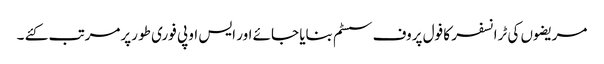
مریضوں کی ٹرانسفر کا فول پروف سسٹم بنایا جائے اور ایس او پی فوری طو رپرمرتب کئے ۔